Document type: Endowment
Year: 1330
Scribe: Arnau [Delpàs]
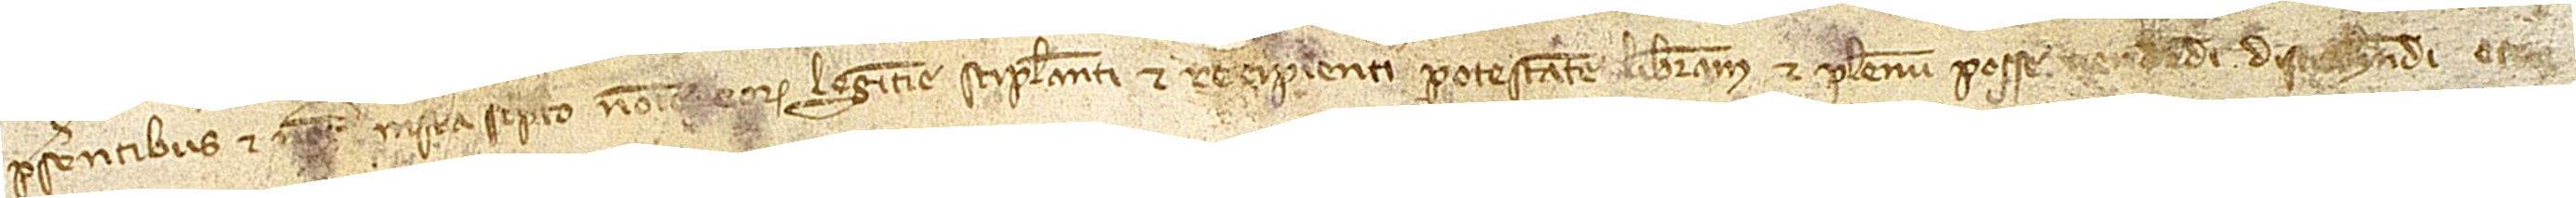
presentibus, et notario infrascripto nomine eorum legitime stipulanti et recipienti potestatem liberam et plenum posse vendendi, distrahendi et